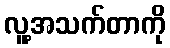
လူ့အသက်တာကို